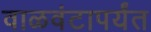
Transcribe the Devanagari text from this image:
वाळवंटापर्यंत